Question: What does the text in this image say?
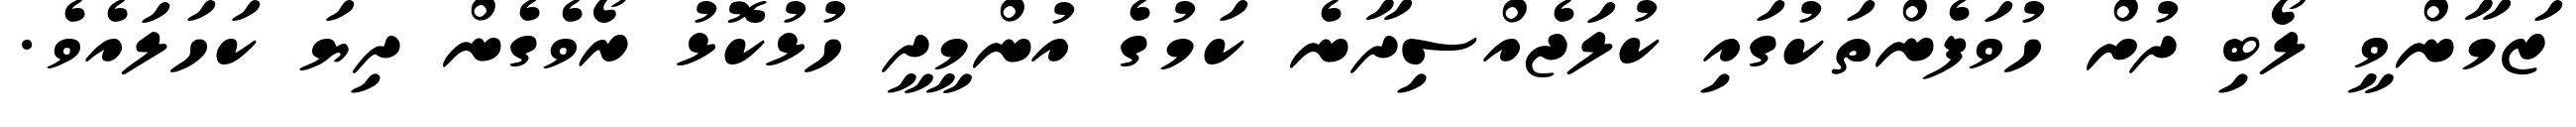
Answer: ޒަމާންވީ ލޯބި ދުށް ހުވަފެންތަކުގައި ކުލަޖެއްސިދާނެ ކަމުގެ އުންމީދީ ހުޅުކޮޅު ރޯވެގެން ދިޔަ ކަހަލައެވެ.